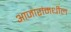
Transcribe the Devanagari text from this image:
आजारांमधील